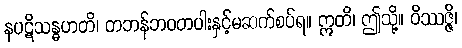
နပဋိသန္ဓဟတိ၊ တဘန်ဘဝတပါးနှင့်မဆက်စပ်ရ။ ဣတိ၊ ဤသို့။ ဝိဿဇ္ဇိ၊